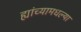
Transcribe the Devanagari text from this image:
ह्यांच्यामधल्या